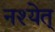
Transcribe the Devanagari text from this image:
नश्येत्